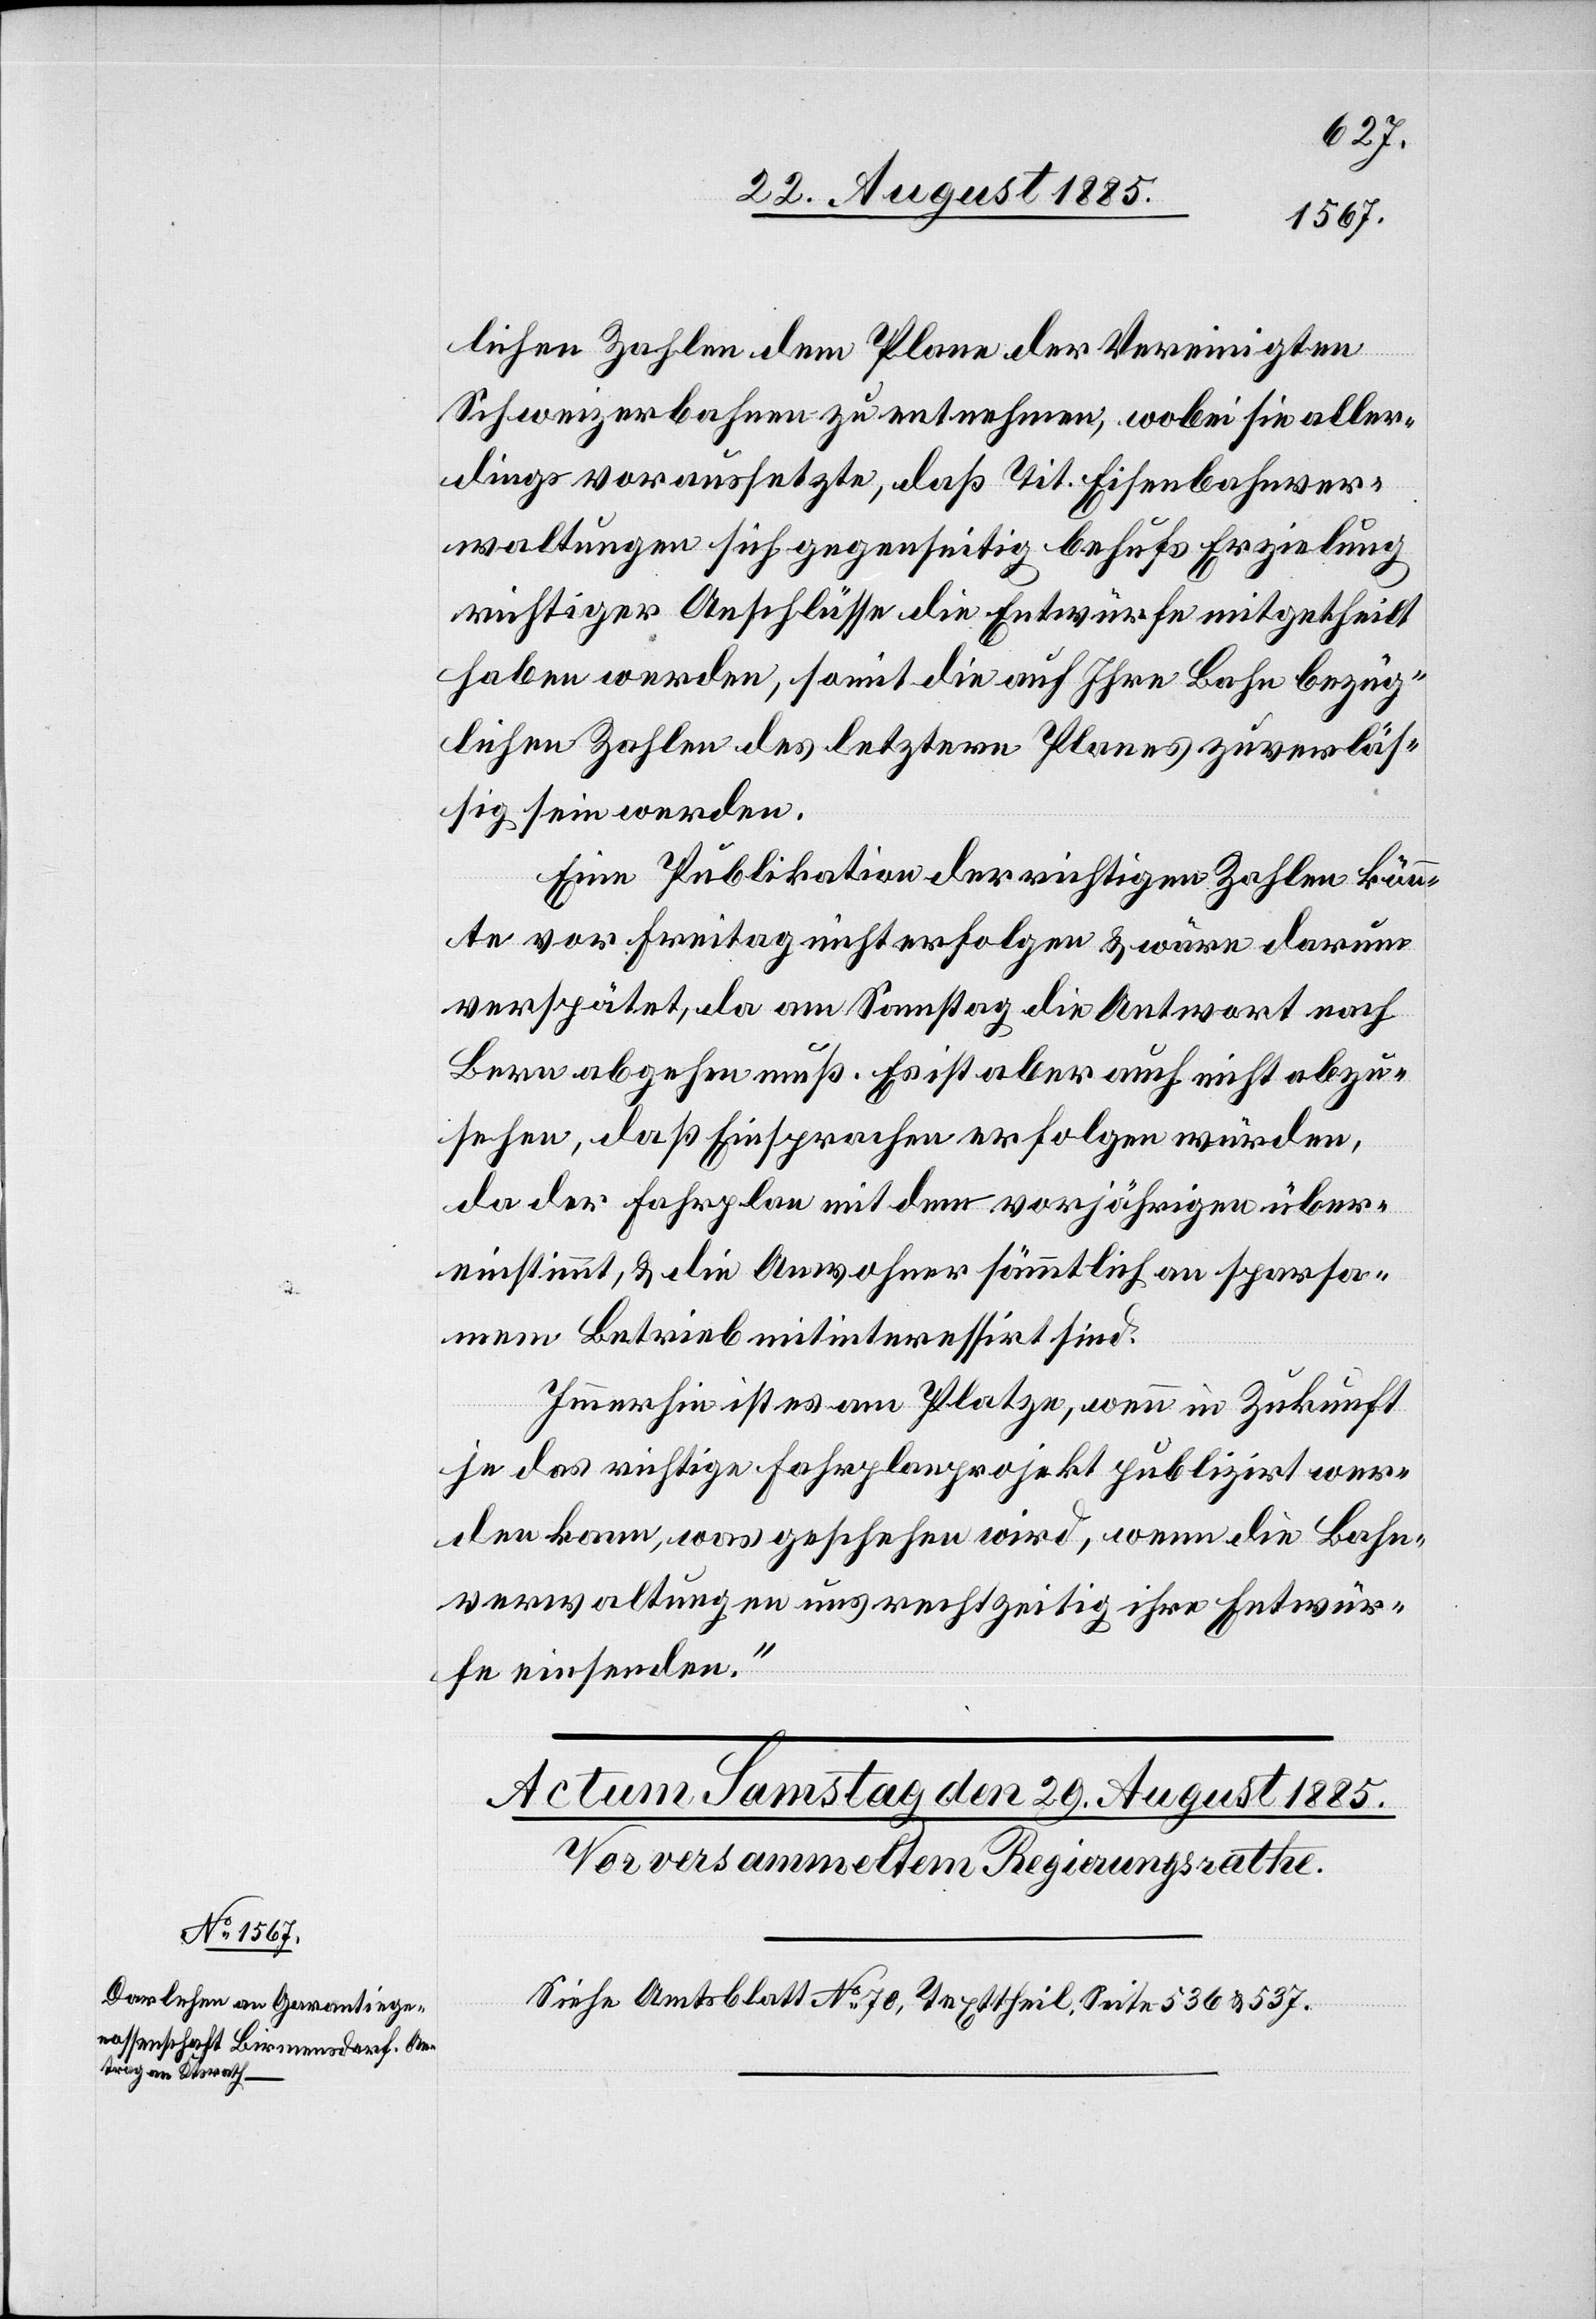
lichen Zahlen dem Plane der Vereinigten
Schweizerbahnen zu entnehmen, wobei sie aller¬
dings voraussetzte, daß Tit. Eisenbahnver¬
waltungen sich gegenseitig behufs Erzielung
richtiger Anschlüsse die Entwürfe mitgetheilt
haben werden, somit die auf Ihre Bahn bezüg¬
lichen Zahlen des letztern Planes zuverläs¬
sig sein werden.
Eine Publikation der richtigen Zahlen kön¬
nte vor Freitag nicht erfolgen & wäre darum
verspätet, da am Samstag die Antwort nach
Bern abgehen muß. Es ist aber auch nicht abzu¬
sehen, daß Einsprachen erfolgen würden,
da der Fahrplan mit dem vorjährigen über¬
einstimmt, & die Anwohner sämmtlich an sparsa¬
mem Betrieb mitinteressirt sind.
Immerhin ist es am Platze, wenn in Zukunft
je das richtige Fahrplanprojekt publizirt wer¬
den kann, was geschehen wird, wenn die Bahn¬
verwaltungen uns rechtzeitig ihre Entwür¬
fe einsenden.“
Siehe Amtsblatt No 70, Texttheil, Seite 536 & 537.